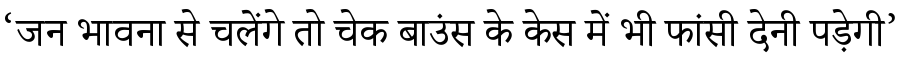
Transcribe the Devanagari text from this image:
‘जन भावना से चलेंगे तो चेक बाउंस के केस में भी फांसी देनी पड़ेगी’